Vaccination in Bombay 1902-1912 - 1902-1912
Year: 1902
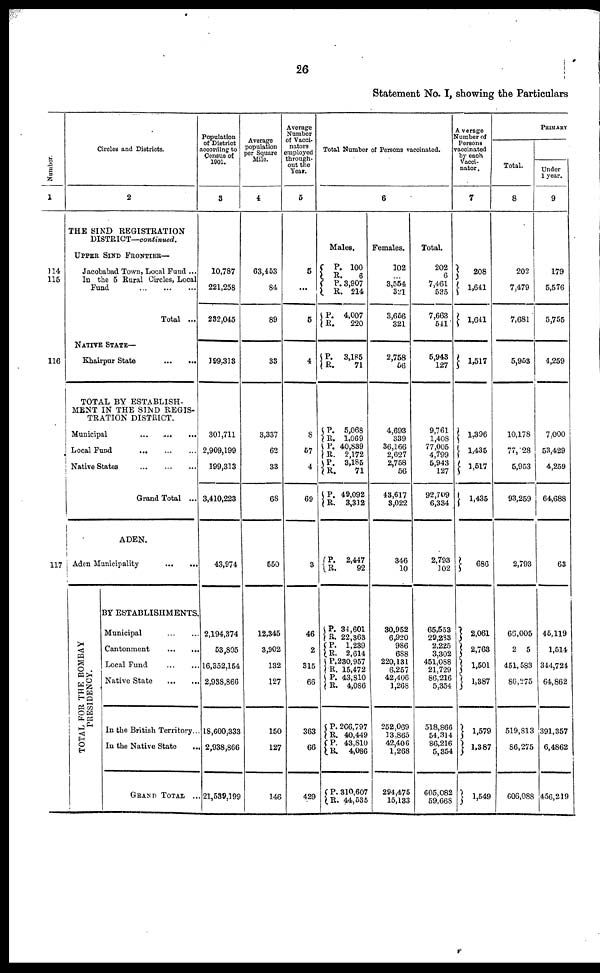
26
Statement No. I, showing the Particulars
Number.
1
114
115
116
117
Circles and Districts.
2
THE SIND REGISTRATION
DISTRICT—continued.
UPPER SIND FRONTIER—
Jacobabad Town, Local Fund ...
In the 5 Rural Circles, Local
Fund
...
...
...
Total ...
NATIVE STATE—
Khairpur State
...
...
TOTAL BY ESTABLISH-
MENT IN THE SIND REGIS-
TRATION DISTRICT.
Municipal
...
...
...
Local Food
...
...
...
Native States
...
...
...
Grand Total ...
ADEN.
Aden Municipality
...
...
TOTAL FOR THE BOMBAY
PRESIDENCY.
BY ESTABLISHMENTS
Municipal
...
...
Cantonment
...
...
Local Fund
...
...
Native State
...
...
In the British Territory...
In the Native State
...
GRAND TOTAL ...
Population
of District
according to
Census of
1901.
3
10,787
221,258
232,045
199,313
301,711
2,909,199
199,313
3,410,223
43,974
2,194,374
53,805
16,352,154
2,938,866
18,600,333
2,938,866
21,539,199
Average
population
per Square
Mile.
4
63,453
84
89
33
3,337
62
33
68
550
12,345
3,902
132
127
150
127
146
Average
Number
of Vacci-
nators
employed
through-
out the
Year.
5
5
...
5
4
8
57
4
69
3
46
2
315
66
363
66
429
Total Number of Persons vaccinated.
6
Males.
P.
R.
P.
R.
P.
R.
P.
R.
P.
R. P.
R.
P.
R.
P.
R.
P.
R.
P.
R.
P.
R.
P.
R.
P.
R.
P.
R. P.
R.
P.
R.
100
6
3,907
214
4,007
220
3,185
71
5,068
1,069
40,839
2,172
3,185
71
49,092
3,312
2,447
92
34,601
22,363
1,239
2,614
230,957
15,472
43,810
4,086
266,797
40,449
43,810
4,086
310,607
44,535
Females.
102
...
3,554
321
3,656
321
2,758
56
4,693
339
36,166
2,627
2,758
56
43,617
3,022
346
10
30,952
6,920
986
688
220,131
6,257
42,406
1,268
252,069
13,865
42,406
1,268
294,475
15,133
Total.
202
6
7,461
535
7,663
541
5,943
127
9,761
1,408
77,005
4,799
5,943
127
92,709
6,334
2,793
102
65,553
29,283
2,225
3,302
451,088
21,729
86,216
5,354
518,866
54,314
86,216
5,354
605,082
59,668
Average
Number of
Persons
vaccinated
by each
Vacci-
nator.
7
208
1,641
1,641
1,517
1,396
1,435
1,517
1,435
686
2,061
2,763
1,501
1,387
1,579
1,387
1,549
PRIMARY
Total.
8
202
7,479
7,681
5,953
10,178
77,128
5,953
93,259
2,793
66,005
2 5
451,583
86,275
519,813
86,275
606,088
Under
1 year.
9
179
5,576
5,755
4,259
7,000
53,429
4,259
64,688
63
45,119
1,514
344,724
64,862
391,357
6,4862
456,219